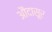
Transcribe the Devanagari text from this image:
औंदासूर